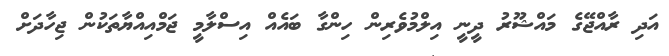
އަދި ރާއްޖޭގެ މައްޝޫރު ދީނީ އިލްމުވެރިން ހިންގާ ބައެއް އިސްލާމީ ޖަމްއިއްޔާތަކުން ޖިހާދަށް